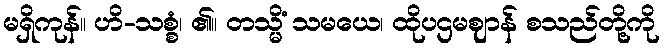
မရှိကုန်။ ဟိ-သစ္စံ၊ ၏။ တသ္မိံ သမယေ၊ ထိုပဌမဈာန် စသည်တို့ကို